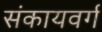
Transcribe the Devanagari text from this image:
संकायवर्ग